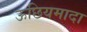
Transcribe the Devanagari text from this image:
ऊछियमादा